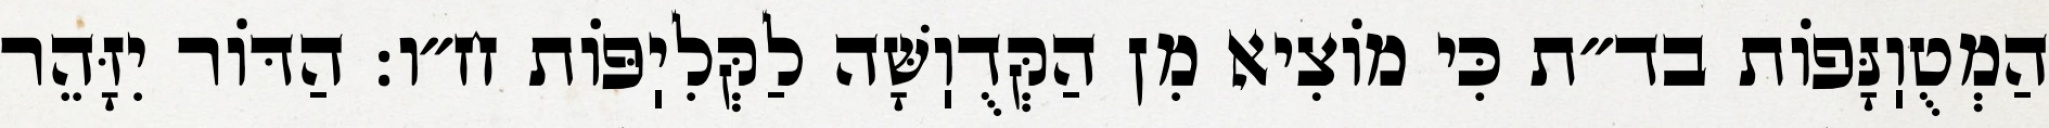
הַמְטֻוֽנָּפוֹת בד״ת כִּי מוֹצִיא מִן הַקְּדֻוֽשָּׁה לַקְּלִיֽפּוֹת ח״ו: הַדּוֹר יִזָּהֵר